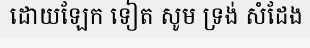
ដោយឡែក ទៀត សូម ទ្រង់ សំដែង